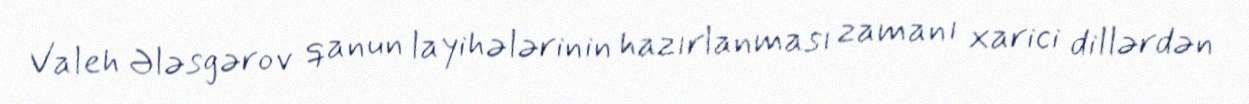
Valeh Ələsgərov qanun layihələrinin hazırlanması zamanı xarici dillərdən